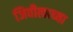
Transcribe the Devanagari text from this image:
जिवीत्वाच्या